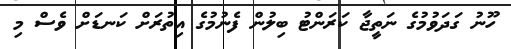
ހޫނު ގަދަވުމުގެ ނަތީޖާ ކަރަންޓު ބިލުން ފެނުމުގެ އިތުރަށް ކަނޑަށް ވެސް މި